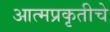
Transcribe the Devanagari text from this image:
आत्मप्रकृतीचे